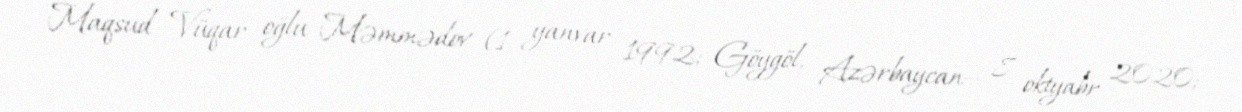
Maqsud Vüqar oğlu Məmmədov (1 yanvar 1992; Göygöl, Azərbaycan— 8 oktyabr 2020;